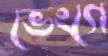
ভেংগে